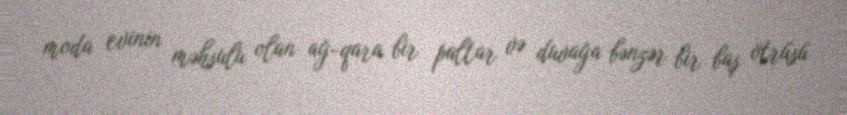
moda evinin məhsulu olan ağ-qara bir paltar və duvağa bənzər bir baş ötrüsü